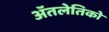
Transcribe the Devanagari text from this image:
ॲतलेतिको